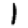
Digit: 1